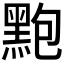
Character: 𪐼